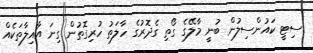
ސިޓީ ކައުންސިލުން ބުނީ މާލޭގެ ގޯތި ގެދޮރުގެ ހާލަތު ހުރިގޮތުން ގިނަ އާއިލާތަކެއް